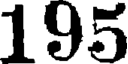
195